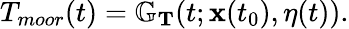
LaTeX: \begin{array}{r}{T_{moor}(t)=\mathbb G_{\mathbf{T}}(t;\mathbf{x}(t_{0}),\eta(t)).}\end{array}